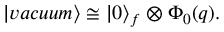
| v a c u u m \rangle \cong | 0 \rangle _ { f } \otimes \Phi _ { 0 } ( q ) .